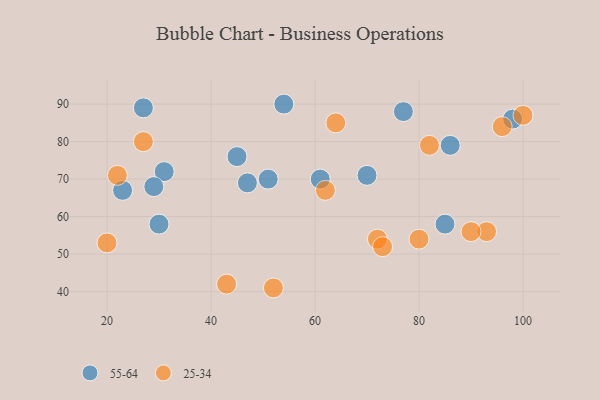
{"axis": {"x": "GDP", "y": "Life Expectancy"}, "legend": ["25-34", "55-64"], "data": [{"x": "45", "y": 76, "type": "55-64"}, {"x": "85", "y": 58, "type": "55-64"}, {"x": "27", "y": 89, "type": "55-64"}, {"x": "51", "y": 70, "type": "55-64"}, {"x": "30", "y": 58, "type": "55-64"}, {"x": "61", "y": 70, "type": "55-64"}, {"x": "47", "y": 69, "type": "55-64"}, {"x": "98", "y": 86, "type": "55-64"}, {"x": "86", "y": 79, "type": "55-64"}, {"x": "70", "y": 71, "type": "55-64"}, {"x": "23", "y": 67, "type": "55-64"}, {"x": "54", "y": 90, "type": "55-64"}, {"x": "31", "y": 72, "type": "55-64"}, {"x": "29", "y": 68, "type": "55-64"}, {"x": "77", "y": 88, "type": "55-64"}, {"x": "20", "y": 53, "type": "25-34"}, {"x": "96", "y": 84, "type": "25-34"}, {"x": "43", "y": 42, "type": "25-34"}, {"x": "62", "y": 67, "type": "25-34"}, {"x": "72", "y": 54, "type": "25-34"}, {"x": "22", "y": 71, "type": "25-34"}, {"x": "64", "y": 85, "type": "25-34"}, {"x": "73", "y": 52, "type": "25-34"}, {"x": "52", "y": 41, "type": "25-34"}, {"x": "93", "y": 56, "type": "25-34"}, {"x": "80", "y": 54, "type": "25-34"}, {"x": "90", "y": 56, "type": "25-34"}, {"x": "27", "y": 80, "type": "25-34"}, {"x": "82", "y": 79, "type": "25-34"}, {"x": "100", "y": 87, "type": "25-34"}]}